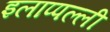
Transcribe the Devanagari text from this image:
इलाप्पल्ली